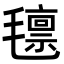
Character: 𭯨